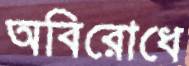
অবিরোধে